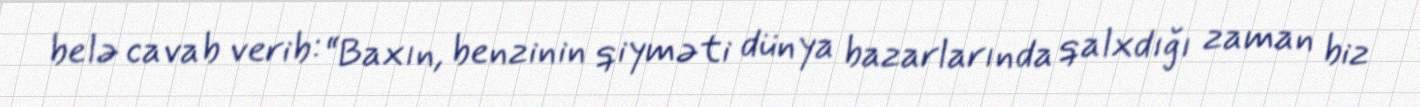
belə cavab verib: “Baxın, benzinin qiyməti dünya bazarlarında qalxdığı zaman biz